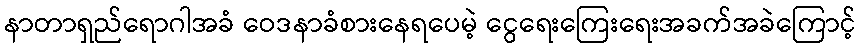
နာတာရှည်ရောဂါအခံ ဝေဒနာခံစားနေရပေမဲ့ ငွေရေးကြေးရေးအခက်အခဲကြောင့်